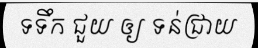
ទទឹក ជួយ ឲ្យ ទន់ជ្រាយ